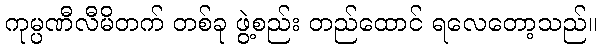
ကုမ္ပဏီလီမိတက် တစ်ခု ဖွဲ့စည်း တည်ထောင် ရလေတော့သည်။